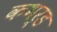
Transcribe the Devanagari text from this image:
कभर्ड